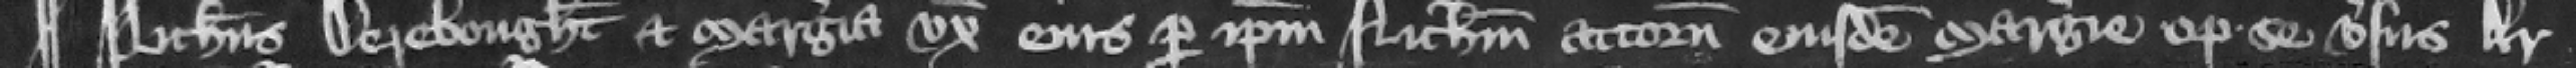
¶ Nicholaus Derebought et Margeria vxor eius per ipsum Nicholaum attornatum eiusdem Margerie optulerunt se versus